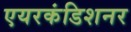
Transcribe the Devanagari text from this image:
एयरकंडिशनर